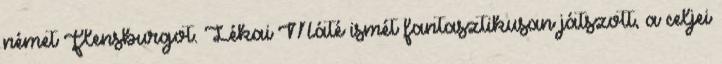
német Flensburgot. Lékai Máté ismét fantasztikusan játszott, a celjei